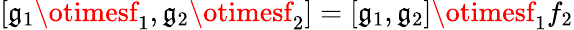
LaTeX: [\mathfrak{g}_{1}\otimesf_{1},\mathfrak{g}_{2}\otimesf_{2}]=[\mathfrak{g}_{1},\mathfrak{g}_{2}]\otimesf_{1}f_{2}